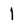
Character: 1